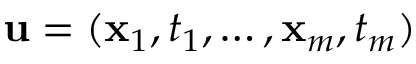
\mathbf { u } = ( \mathbf { x } _ { 1 } , t _ { 1 } , \dots , \mathbf { x } _ { m } , t _ { m } )